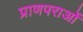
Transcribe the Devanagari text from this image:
प्राणपराओं